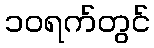
၁၀ရက်တွင်